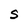
Character: S